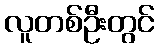
လူတစ်ဦးတွင်